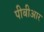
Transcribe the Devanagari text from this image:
पीबीआर